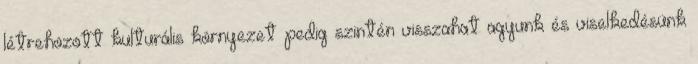
létrehozott kulturális környezet pedig szintén visszahat agyunk és viselkedésünk